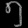
Digit: ၅